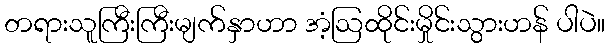
တရားသူကြီးကြီးမျက်နှာဟာ အံ့ဩထိုင်းမှိုင်းသွားဟန် ပါပဲ။